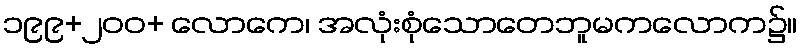
၁၉၉+၂၀၀+ လောကေ၊ အလုံးစုံသောတေဘူမကလောက၌။